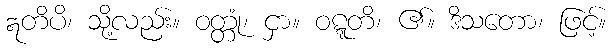
ဣတိပိ၊ သို့လည်း။ ဝတ္တုံ၊ ငှာ။ ဝဋ္ဋတိ၊ ၏။ ဒိသတော၊ ဖြင့်။